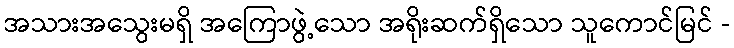
အသားအသွေးမရှိ အကြောဖွဲ့သော အရိုးဆက်ရှိသော သူကောင်မြင် -